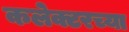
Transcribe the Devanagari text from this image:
कलेक्टरच्या